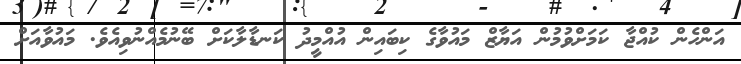
އަންހެން ކުއްޖާ ކަމަށްވުމުން އަޔާޒް މައުވާގެ ކިބައިން އުއްމީދު ކަނޑާލާކަށް ބޭނުމެއްނުވިއެވެ. މައުވާއަށް